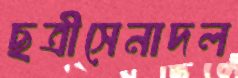
ছত্রীসেনাদল